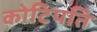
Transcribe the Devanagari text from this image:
कोटिपति